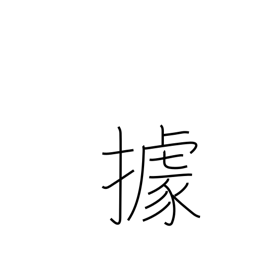
Meaning: to occupy